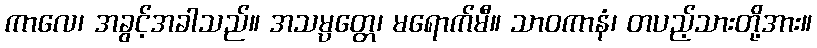
ကာလေ၊ အခွင့်အခါသည်။ အသမ္ပတ္တေ၊ မရောက်မီ။ သာဝကာနံ၊ တပည့်သားတို့အား။